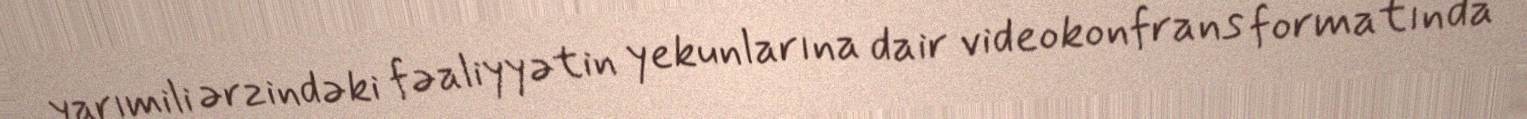
yarımili ərzindəki fəaliyyətin yekunlarına dair videokonfrans formatında